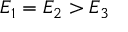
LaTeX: E _ { 1 } = E _ { 2 } > E _ { 3 }